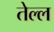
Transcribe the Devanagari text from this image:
तेल्ल